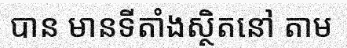
បាន មានទីតាំងស្ថិតនៅ តាម